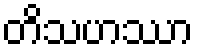
တိသဟဿာ